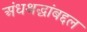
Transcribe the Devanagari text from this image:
अंधश्रद्धांबद्दल